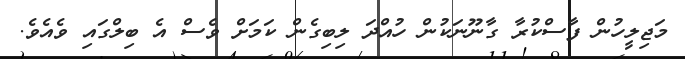
މަޖިލީހުން ފާސްކުރާ ގާނޫނަކުން ހުއްދަ ލިބިގެން ކަމަށް ވެސް އެ ބިލްގައި ވެއެވެ.